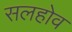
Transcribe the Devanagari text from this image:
सलहोव